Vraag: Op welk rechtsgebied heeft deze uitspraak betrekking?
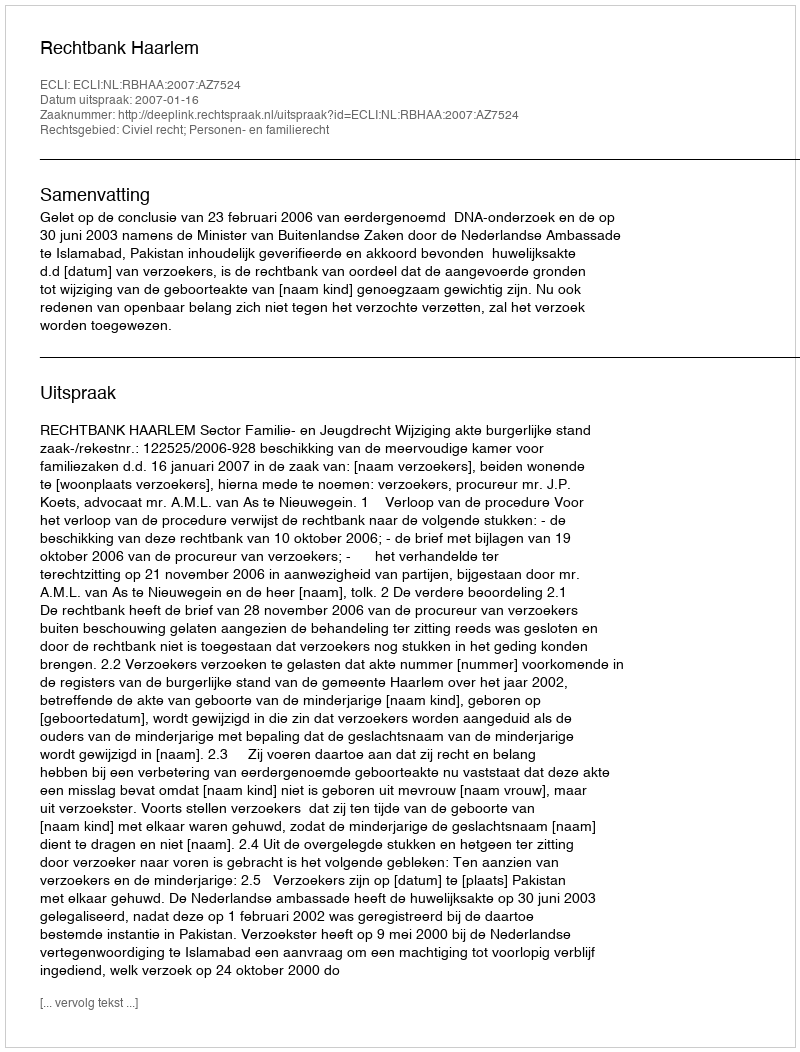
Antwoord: Civiel recht; Personen- en familierecht